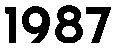
1987